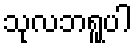
သုလဘရူပါ